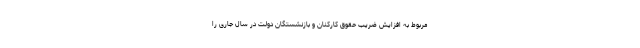
مربوط به افزایش ضریب حقوق کارکنان و بازنشستگان دولت در سال جاری را